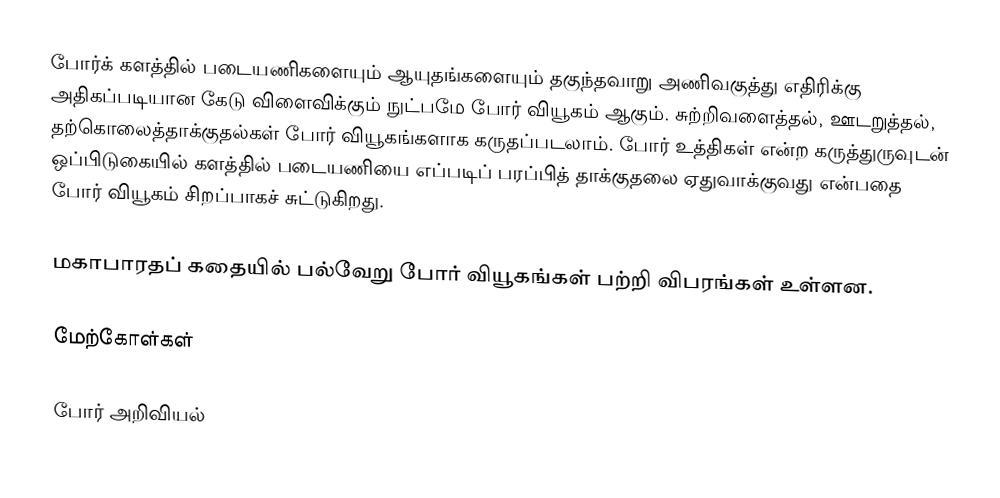
போர்க் களத்தில் படையணிகளையும் ஆயுதங்களையும் தகுந்தவாறு அணிவகுத்து எதிரிக்கு அதிகப்படியான கேடு விளைவிக்கும் நுட்பமே போர் வியூகம் ஆகும்.  சுற்றிவளைத்தல், ஊடறுத்தல், தற்கொலைத்தாக்குதல்கள் போர் வியூகங்களாக கருதப்படலாம்.  போர் உத்திகள் என்ற கருத்துருவுடன் ஒப்பிடுகையில் களத்தில் படையணியை எப்படிப் பரப்பித் தாக்குதலை ஏதுவாக்குவது என்பதை போர் வியூகம் சிறப்பாகச் சுட்டுகிறது.

மகாபாரதப் கதையில் பல்வேறு போர் வியூகங்கள் பற்றி விபரங்கள் உள்ளன.

மேற்கோள்கள்

போர் அறிவியல்